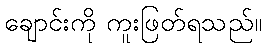
ချောင်းကို ကူးဖြတ်ရသည်။